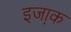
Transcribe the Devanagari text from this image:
इजा़क